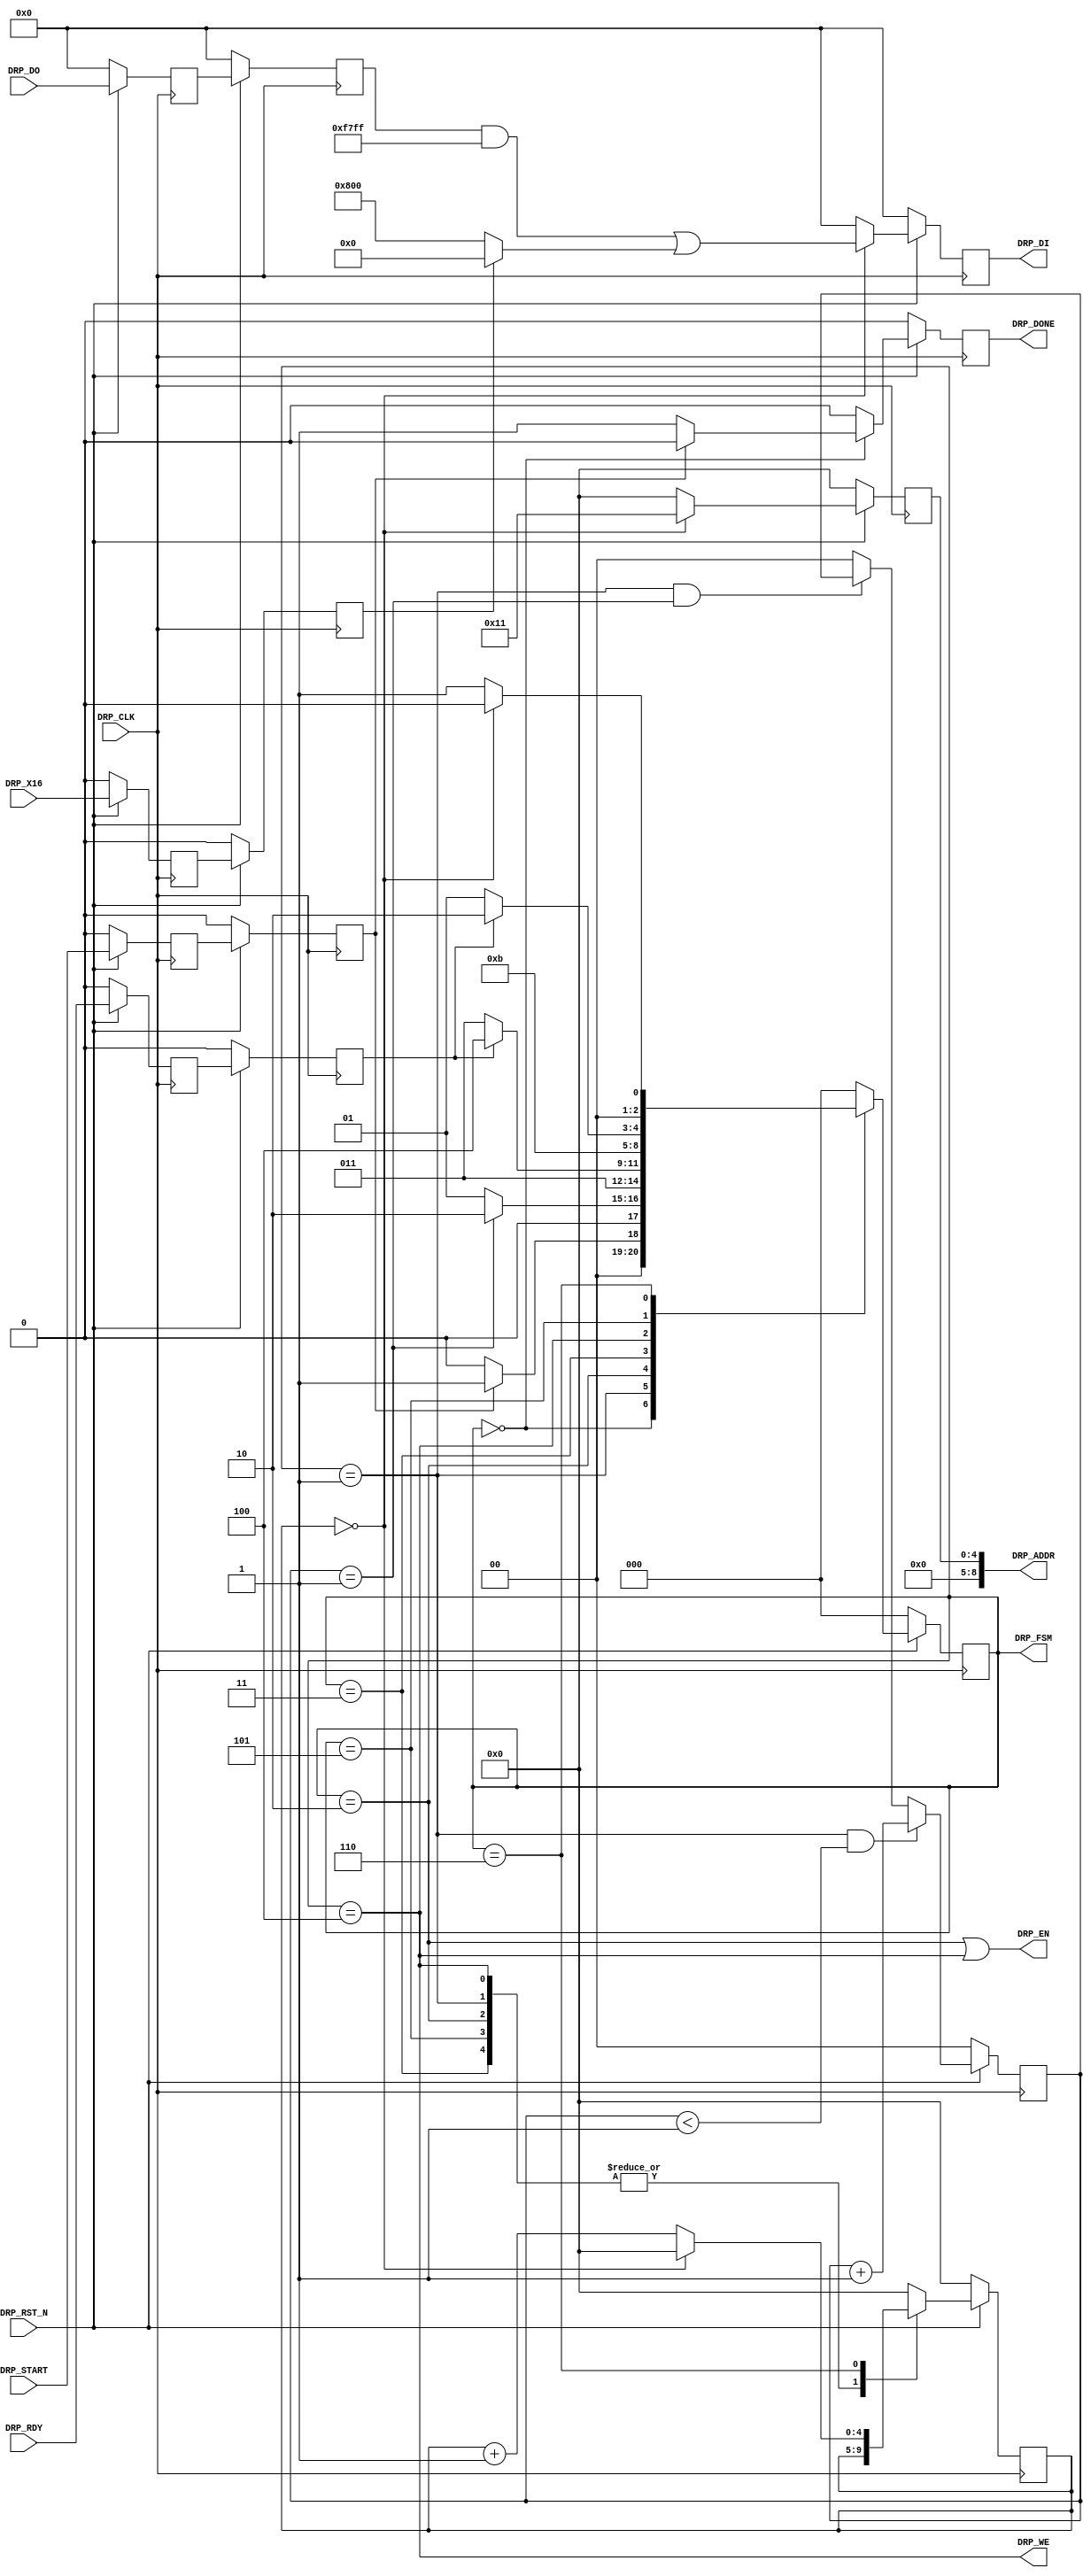
//-----------------------------------------------------------------------------
//
// (c) Copyright 2010-2011 Xilinx, Inc. All rights reserved.
//
// This file contains confidential and proprietary information
// of Xilinx, Inc. and is protected under U.S. and
// international copyright and other intellectual property
// laws.
//
// DISCLAIMER
// This disclaimer is not a license and does not grant any
// rights to the materials distributed herewith. Except as
// otherwise provided in a valid license issued to you by
// Xilinx, and to the maximum extent permitted by applicable
// law: (1) THESE MATERIALS ARE MADE AVAILABLE "AS IS" AND
// WITH ALL FAULTS, AND XILINX HEREBY DISCLAIMS ALL WARRANTIES
// AND CONDITIONS, EXPRESS, IMPLIED, OR STATUTORY, INCLUDING
// BUT NOT LIMITED TO WARRANTIES OF MERCHANTABILITY, NON-
// INFRINGEMENT, OR FITNESS FOR ANY PARTICULAR PURPOSE; and
// (2) Xilinx shall not be liable (whether in contract or tort,
// including negligence, or under any other theory of
// liability) for any loss or damage of any kind or nature
// related to, arising under or in connection with these
// materials, including for any direct, or any indirect,
// special, incidental, or consequential loss or damage
// (including loss of data, profits, goodwill, or any type of
// loss or damage suffered as a result of any action brought
// by a third party) even if such damage or loss was
// reasonably foreseeable or Xilinx had been advised of the
// possibility of the same.
//
// CRITICAL APPLICATIONS
// Xilinx products are not designed or intended to be fail-
// safe, or for use in any application requiring fail-safe
// performance, such as life-support or safety devices or
// systems, Class III medical devices, nuclear facilities,
// applications related to the deployment of airbags, or any
// other applications that could lead to death, personal
// injury, or severe property or environmental damage
// (individually and collectively, "Critical
// Applications"). Customer assumes the sole risk and
// liability of any use of Xilinx products in Critical
// Applications, subject only to applicable laws and
// regulations governing limitations on product liability.
//
// THIS COPYRIGHT NOTICE AND DISCLAIMER MUST BE RETAINED AS
// PART OF THIS FILE AT ALL TIMES.
//
//-----------------------------------------------------------------------------
// Project    : Series-7 Integrated Block for PCI Express
// Version    : 1.10
//------------------------------------------------------------------------------
//  Description  :  GTP PIPE DRP Module for 7 Series Transceiver
//  Version      :  19.0
//------------------------------------------------------------------------------



`timescale 1ns / 1ps



//---------- GTP PIPE DRP Module -----------------------------------------------
module pcie_7x_v1_10_gtp_pipe_drp #
(

    parameter LOAD_CNT_MAX     = 2'd1,                      // Load max count
    parameter INDEX_MAX        = 1'd0                       // Index max count
    
)

(
    
    //---------- Input -------------------------------------
    input               DRP_CLK,
    input               DRP_RST_N,
    input               DRP_X16,
    input               DRP_START,
    input       [15:0]  DRP_DO,
    input               DRP_RDY,
    
    //---------- Output ------------------------------------
    output      [ 8:0]  DRP_ADDR,
    output              DRP_EN,  
    output      [15:0]  DRP_DI,   
    output              DRP_WE,
    output              DRP_DONE,
    output      [ 2:0]  DRP_FSM
    
);

    //---------- Input Registers ---------------------------
(* ASYNC_REG = "TRUE", SHIFT_EXTRACT = "NO" *)    reg                 x16_reg1;
(* ASYNC_REG = "TRUE", SHIFT_EXTRACT = "NO" *)    reg                 start_reg1;
(* ASYNC_REG = "TRUE", SHIFT_EXTRACT = "NO" *)    reg         [15:0]  do_reg1;
(* ASYNC_REG = "TRUE", SHIFT_EXTRACT = "NO" *)    reg                 rdy_reg1;
    
(* ASYNC_REG = "TRUE", SHIFT_EXTRACT = "NO" *)    reg                 x16_reg2;
(* ASYNC_REG = "TRUE", SHIFT_EXTRACT = "NO" *)    reg                 start_reg2;
(* ASYNC_REG = "TRUE", SHIFT_EXTRACT = "NO" *)    reg         [15:0]  do_reg2;
(* ASYNC_REG = "TRUE", SHIFT_EXTRACT = "NO" *)    reg                 rdy_reg2;
    
    //---------- Internal Signals --------------------------
    reg         [ 1:0]  load_cnt =  2'd0;
    reg         [ 4:0]  index    =  5'd0;
    reg         [ 8:0]  addr_reg =  9'd0;
    reg         [15:0]  di_reg   = 16'd0;
    
    //---------- Output Registers --------------------------
    reg                 done     =  1'd0;
    reg         [ 2:0]  fsm      =  0;      
                        
    //---------- DRP Address -------------------------------          
    localparam          ADDR_RX_DATAWIDTH  = 9'h011;              
    
    //---------- DRP Mask ----------------------------------
    localparam          MASK_RX_DATAWIDTH  = 16'b1111011111111111;  // Unmask bit [   11]  
         
    //---------- DRP Data for x16 --------------------------
    localparam          X16_RX_DATAWIDTH   = 16'b0000000000000000;  // 2-byte (16-bit) internal data width
    
    //---------- DRP Data for x20 --------------------------                                  
    localparam          X20_RX_DATAWIDTH   = 16'b0000100000000000;  // 2-byte (20-bit) internal data width               
      
    //---------- DRP Data ----------------------------------                  
    wire        [15:0]  data_rx_datawidth;                 
           
    //---------- FSM ---------------------------------------  
    localparam          FSM_IDLE  = 0;  
    localparam          FSM_LOAD  = 1;                           
    localparam          FSM_READ  = 2;
    localparam          FSM_RRDY  = 3;
    localparam          FSM_WRITE = 4;
    localparam          FSM_WRDY  = 5;    
    localparam          FSM_DONE  = 6;   

    
    
//---------- Input FF ----------------------------------------------------------
always @ (posedge DRP_CLK)
begin

    if (!DRP_RST_N)
        begin
        //---------- 1st Stage FF --------------------------
        x16_reg1   <=  1'd0;
        do_reg1    <= 16'd0;
        rdy_reg1   <=  1'd0;
        start_reg1 <=  1'd0;
        //---------- 2nd Stage FF --------------------------
        x16_reg2   <=  1'd0;
        do_reg2    <= 16'd0;
        rdy_reg2   <=  1'd0;
        start_reg2 <=  1'd0;
        end
        
    else
        begin
        //---------- 1st Stage FF --------------------------
        x16_reg1   <= DRP_X16;
        do_reg1    <= DRP_DO;
        rdy_reg1   <= DRP_RDY;
        start_reg1 <= DRP_START;
        //---------- 2nd Stage FF --------------------------
        x16_reg2   <= x16_reg1;
        do_reg2    <= do_reg1;
        rdy_reg2   <= rdy_reg1;
        start_reg2 <= start_reg1;
        end
    
end  



//---------- Select DRP Data ---------------------------------------------------
assign data_rx_datawidth = x16_reg2 ? X16_RX_DATAWIDTH : X20_RX_DATAWIDTH;



//---------- Load Counter ------------------------------------------------------
always @ (posedge DRP_CLK)
begin

    if (!DRP_RST_N)
        load_cnt <= 2'd0;
    else
    
        //---------- Increment Load Counter ----------------
        if ((fsm == FSM_LOAD) && (load_cnt < LOAD_CNT_MAX))
            load_cnt <= load_cnt + 2'd1;
            
        //---------- Hold Load Counter ---------------------
        else if ((fsm == FSM_LOAD) && (load_cnt == LOAD_CNT_MAX))
            load_cnt <= load_cnt;
            
        //---------- Reset Load Counter --------------------
        else
            load_cnt <= 2'd0;
        
end 



//---------- Update DRP Address and Data ---------------------------------------
always @ (posedge DRP_CLK)
begin

    if (!DRP_RST_N)
        begin
        addr_reg <=  9'd0;
        di_reg   <= 16'd0;
        end
    else
        begin
        
        case (index)
        
        //--------------------------------------------------     
        1'd0 :
            begin        
            addr_reg <= ADDR_RX_DATAWIDTH;
            di_reg   <= (do_reg2 & MASK_RX_DATAWIDTH) | data_rx_datawidth;
            end              
            
        //--------------------------------------------------
        default : 
            begin
            addr_reg <=  9'd0;
            di_reg   <= 16'd0;
            end
            
        endcase
        
        end
        
end  



//---------- PIPE DRP FSM ------------------------------------------------------
always @ (posedge DRP_CLK)
begin

    if (!DRP_RST_N)
        begin
        fsm   <= FSM_IDLE;
        index <= 5'd0;
        done  <= 1'd0;
        end
    else
        begin
        
        case (fsm)

        //---------- Idle State ----------------------------
        FSM_IDLE :  
          
            begin
            //---------- Reset or Rate Change --------------
            if (start_reg2)
                begin
                fsm   <= FSM_LOAD;
                index <= 5'd0;
                done  <= 1'd0; 
                end
            //---------- Idle ------------------------------
            else       
                begin
                fsm   <= FSM_IDLE;
                index <= 5'd0;
                done  <= 1'd1;
                end 
            end    
            
        //---------- Load DRP Address  ---------------------
        FSM_LOAD :
        
            begin
            fsm   <= (load_cnt == LOAD_CNT_MAX) ? FSM_READ : FSM_LOAD;
            index <= index;

            done  <= 1'd0;
            end  
            
        //---------- Read DRP ------------------------------
        FSM_READ :
        
            begin
            fsm   <= FSM_RRDY;
            index <= index;
            done  <= 1'd0;
            end
            
        //---------- Read DRP Ready ------------------------
        FSM_RRDY :    
        
            begin
            fsm   <= rdy_reg2 ? FSM_WRITE : FSM_RRDY;
            index <= index;
            done  <= 1'd0;
            end
  
            
        //---------- Write DRP -----------------------------
        FSM_WRITE :    
        
            begin
            fsm   <= FSM_WRDY;
            index <= index;
            done  <= 1'd0;
            end       
            
        //---------- Write DRP Ready -----------------------
        FSM_WRDY :    
        
            begin
            fsm   <= rdy_reg2 ? FSM_DONE : FSM_WRDY;
            index <= index;
            done  <= 1'd0;
            end        
             
        //---------- DRP Done ------------------------------
        FSM_DONE :
        
            begin
            if (index == INDEX_MAX)
                begin
                fsm   <= FSM_IDLE;
                index <= 5'd0;
                done  <= 1'd0;
                end
            else       
                begin
                fsm   <= FSM_LOAD;
                index <= index + 5'd1;
                done  <= 1'd0;
                end
            end     
              
        //---------- Default State -------------------------
        default :
        
            begin      
            fsm   <= FSM_IDLE;
            index <= 5'd0;
            done  <= 1'd0;
            end
            
        endcase
        
        end
        
end 



//---------- PIPE DRP Output ---------------------------------------------------
assign DRP_ADDR = addr_reg;
assign DRP_EN   = (fsm == FSM_READ) || (fsm == FSM_WRITE);
assign DRP_DI   = di_reg;
assign DRP_WE   = (fsm == FSM_WRITE);
assign DRP_DONE = done;
assign DRP_FSM  = fsm;



endmodule